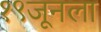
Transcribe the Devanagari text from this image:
१९जूनला